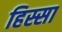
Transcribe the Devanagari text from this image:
हिस्सा